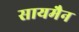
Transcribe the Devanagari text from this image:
सायमैन